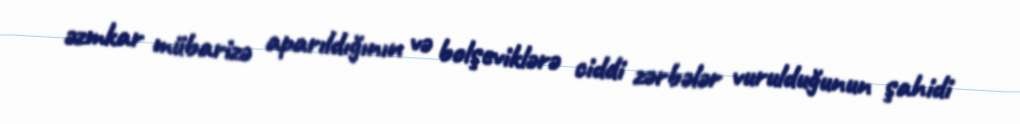
əzmkar mübarizə aparıldığının və bolşeviklərə ciddi zərbələr vurulduğunun şahidi